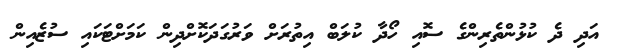
އަދި ދެ ކުޅުންތެރިންގެ ސޮއި ހޯދާ ކުލަބް އިތުރަށް ވަރުގަދަކޮށްދިން ކަމަށްޓަކައި ސުޒެއިން